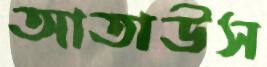
আতাউস